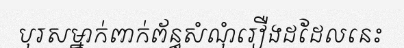
បុរសម្នាក់ពាក់ព័ន្ធសំណុំរឿងដដែលនេះ